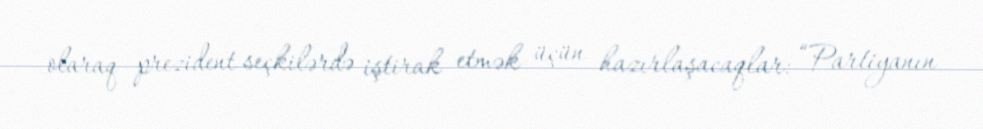
olaraq prezident seçkilərdə iştirak etmək üçün hazırlaşacaqlar: “Partiyanın